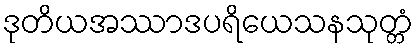
ဒုတိယအဿာဒပရိယေသနသုတ္တံ